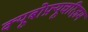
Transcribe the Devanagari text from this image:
क्यूबोफ़्यूचरिज़म